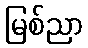
မြစ်ညာ